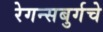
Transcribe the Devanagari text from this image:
रेगन्सबुर्गचे